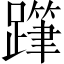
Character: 𨅗